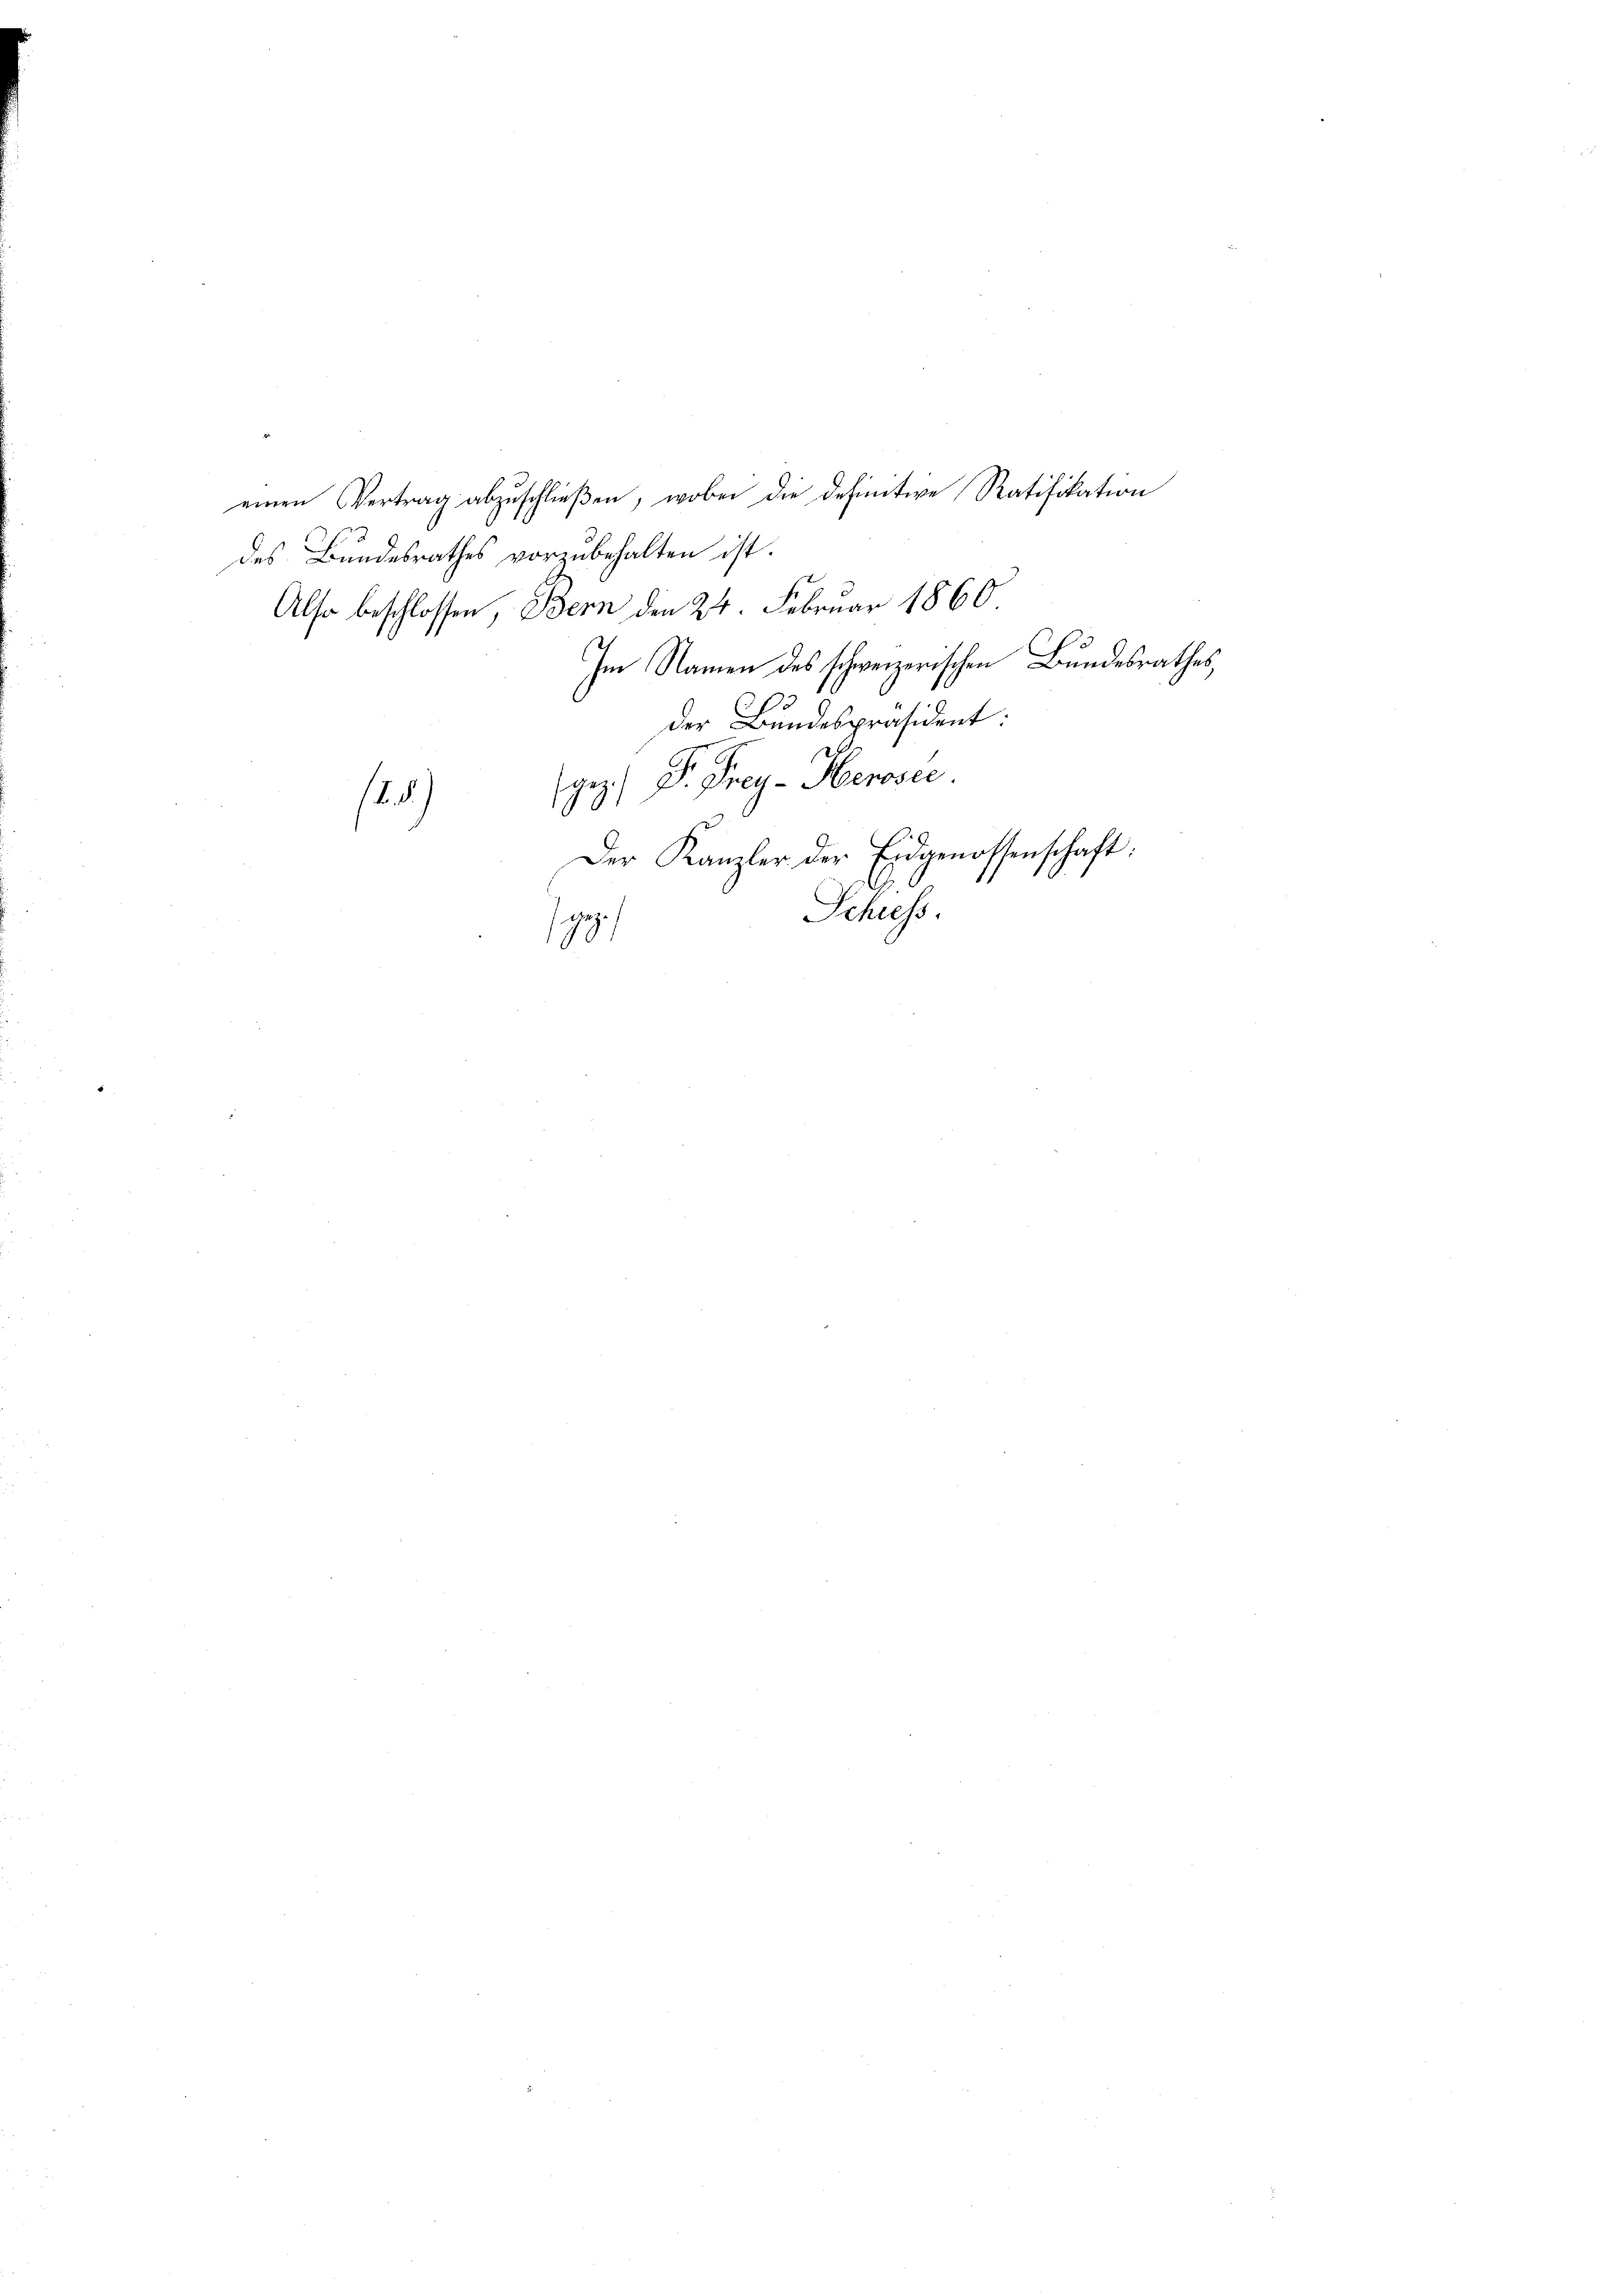
einen Vertrag abzuschließen, wobei die definitive Ratifikation
des Bundesrathes vorzubehalten ist.
Also beschlossen, Bern den 24. Februar 1860
Im Namen des schweizerischen Bundesrathes,
der Bundespräsident:
an P. Frey-Herosec
2)
100
Der Kanzler der Eidgenossenschaft:
Schiess.
z
90